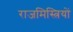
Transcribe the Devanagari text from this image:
राजमिस्त्रियों